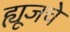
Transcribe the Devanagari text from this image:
ह्यूजचे